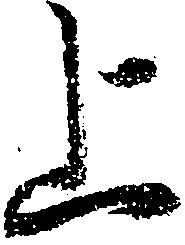
上